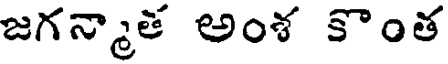
జగన్మాత అంశ కొంత